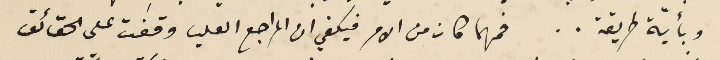
وبأيّة طريقة . . فمهما كان من الامر فيكفي ان المراجع العليا وقفت على الحقائق